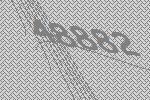
48882